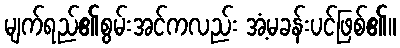
မျက်ရည်၏စွမ်းအင်ကလည်း အံ့မခန်းပင်ဖြစ်၏။